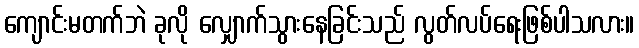
ကျောင်းမတက်ဘဲ ခုလို လျှောက်သွားနေခြင်းသည် လွတ်လပ်ရေးဖြစ်ပါသလား။